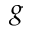
g